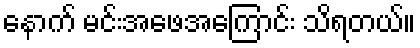
နောက် မင်းအဖေအကြောင်း သိရတယ်။